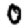
Digit: 0